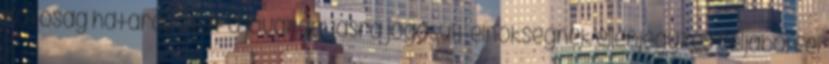
hatóság határozatát a jóváhagyásra jogosult elnökségnek ellenjegyzés céljából fel